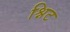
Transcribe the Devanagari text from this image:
श्निट